Papers set at the Examination for Leaving Certificates, 1891
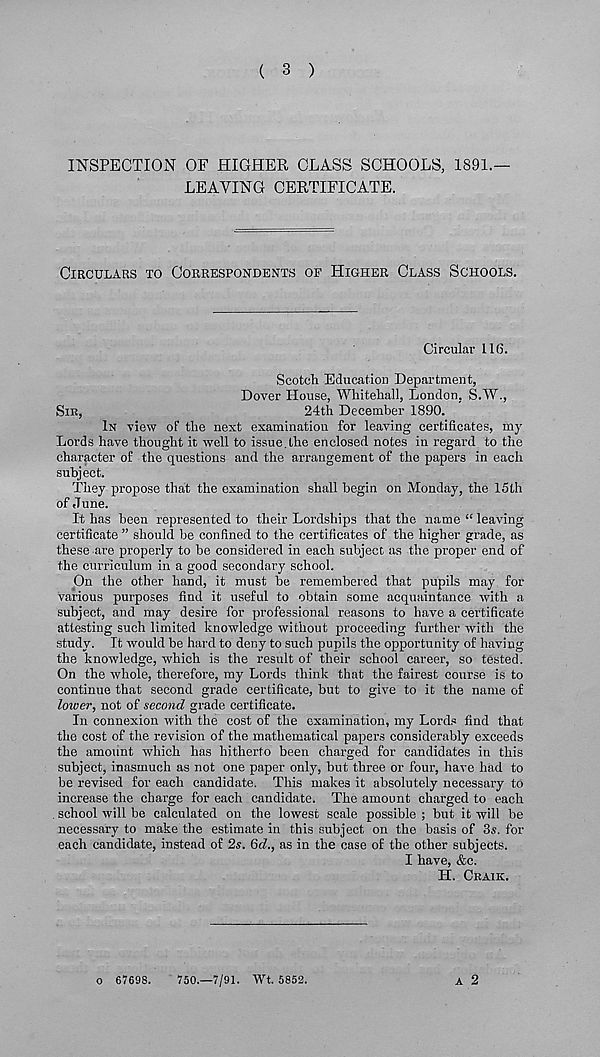
( 3 )
INSPECTION OF HIGHER CLASS SCHOOLS, 1891.—
LEAVING CERTIFICATE.
CIRCULARS TO CORRESPONDENTS OF HIGHER CLASS SCHOOLS.
Circular 116.
Scotch Education Department,
Dover House, Whitehall, London, S.W.,
SIR,
24th December 1890.
IN view of the next examination for leaving certificates, my
Lords have thought it well to issue.the enclosed notes in regard to the
character of the questions and the arrangement of the papers in each
subject.
They propose that the examination shall begin on Monday, the 15th
of June.
It has been represented to their Lordships that the name “ leaving
certificate ” should be confined to the certificates of the higher grade, as
these are properly to he considered in each subject as the proper end of
the curriculum in a good secondary school.
On the other hand, it must be remembered that pupils may for
various purposes find it useful to obtain some acquaintance with a
subject, and may desire for professional reasons to have a certificate
attesting such limited knowledge without proceeding further with the
study. It would he hard to deny to such pupils the opportunity of having
the knowledge, which is the result of their school career, so tested.
On the whole, therefore, my Lords think that the fairest course is to
continue that second grade certificate, but to give to it the name of
lower, not of second grade certificate.
In connexion with the cost of the examination, my Lords find that
the cost of the revision of the mathematical papers considerably exceeds
the amount which has hitherto been charged for candidates in this
subject, inasmuch as not one paper only, but three or four, have had to
be revised for each candidate. This makes it absolutely necessary to
increase the charge for each candidate. The amount charged to each
. school will be calculated on the lowest scale possible ; but it will be
necessary to make the estimate in this subject on the basis of 3s. for
each candidate, instead of 2s. 6(7., as in the case of the other subjects.
I have, &c.
H. CRAIK.
o 67698.
750.—7/91. Wt. 5852.
A 2